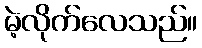
မဲ့လိုက်လေသည်။